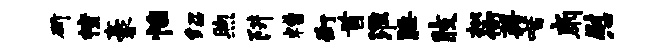
斫幢豪怡绍煦阱糟街首淮腰肢松衙藉喈扇慰